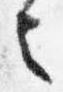
言